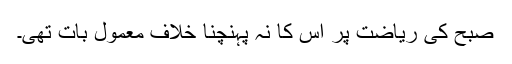
صبح کی ریاضت پر اس کا نہ پہنچنا خلاف معمول بات تھی۔